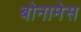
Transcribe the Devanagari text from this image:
बोनामेस